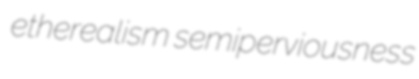
etherealism semiperviousness